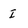
Character: I